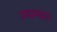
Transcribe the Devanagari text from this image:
उपम्यात